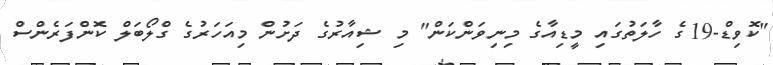
"ކޮވިޑް-19ގެ ހާލަތުގައި މީޑިއާގެ މިނިވަންކަން" މި ޝިއާރުގެ ދަށުން މިއަހަރުގެ ގްލޯބަލް ކޮންފަރެންސް